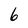
Character: 6